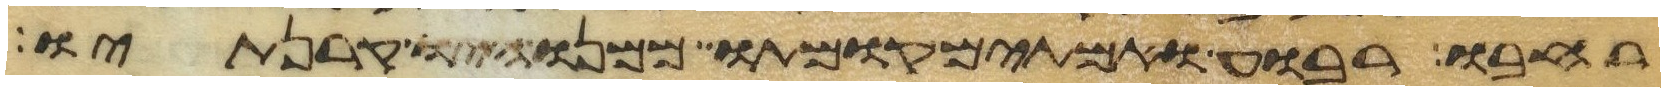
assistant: רחבו רבוע ואמתים קומתו ממנו היו קרנתיו